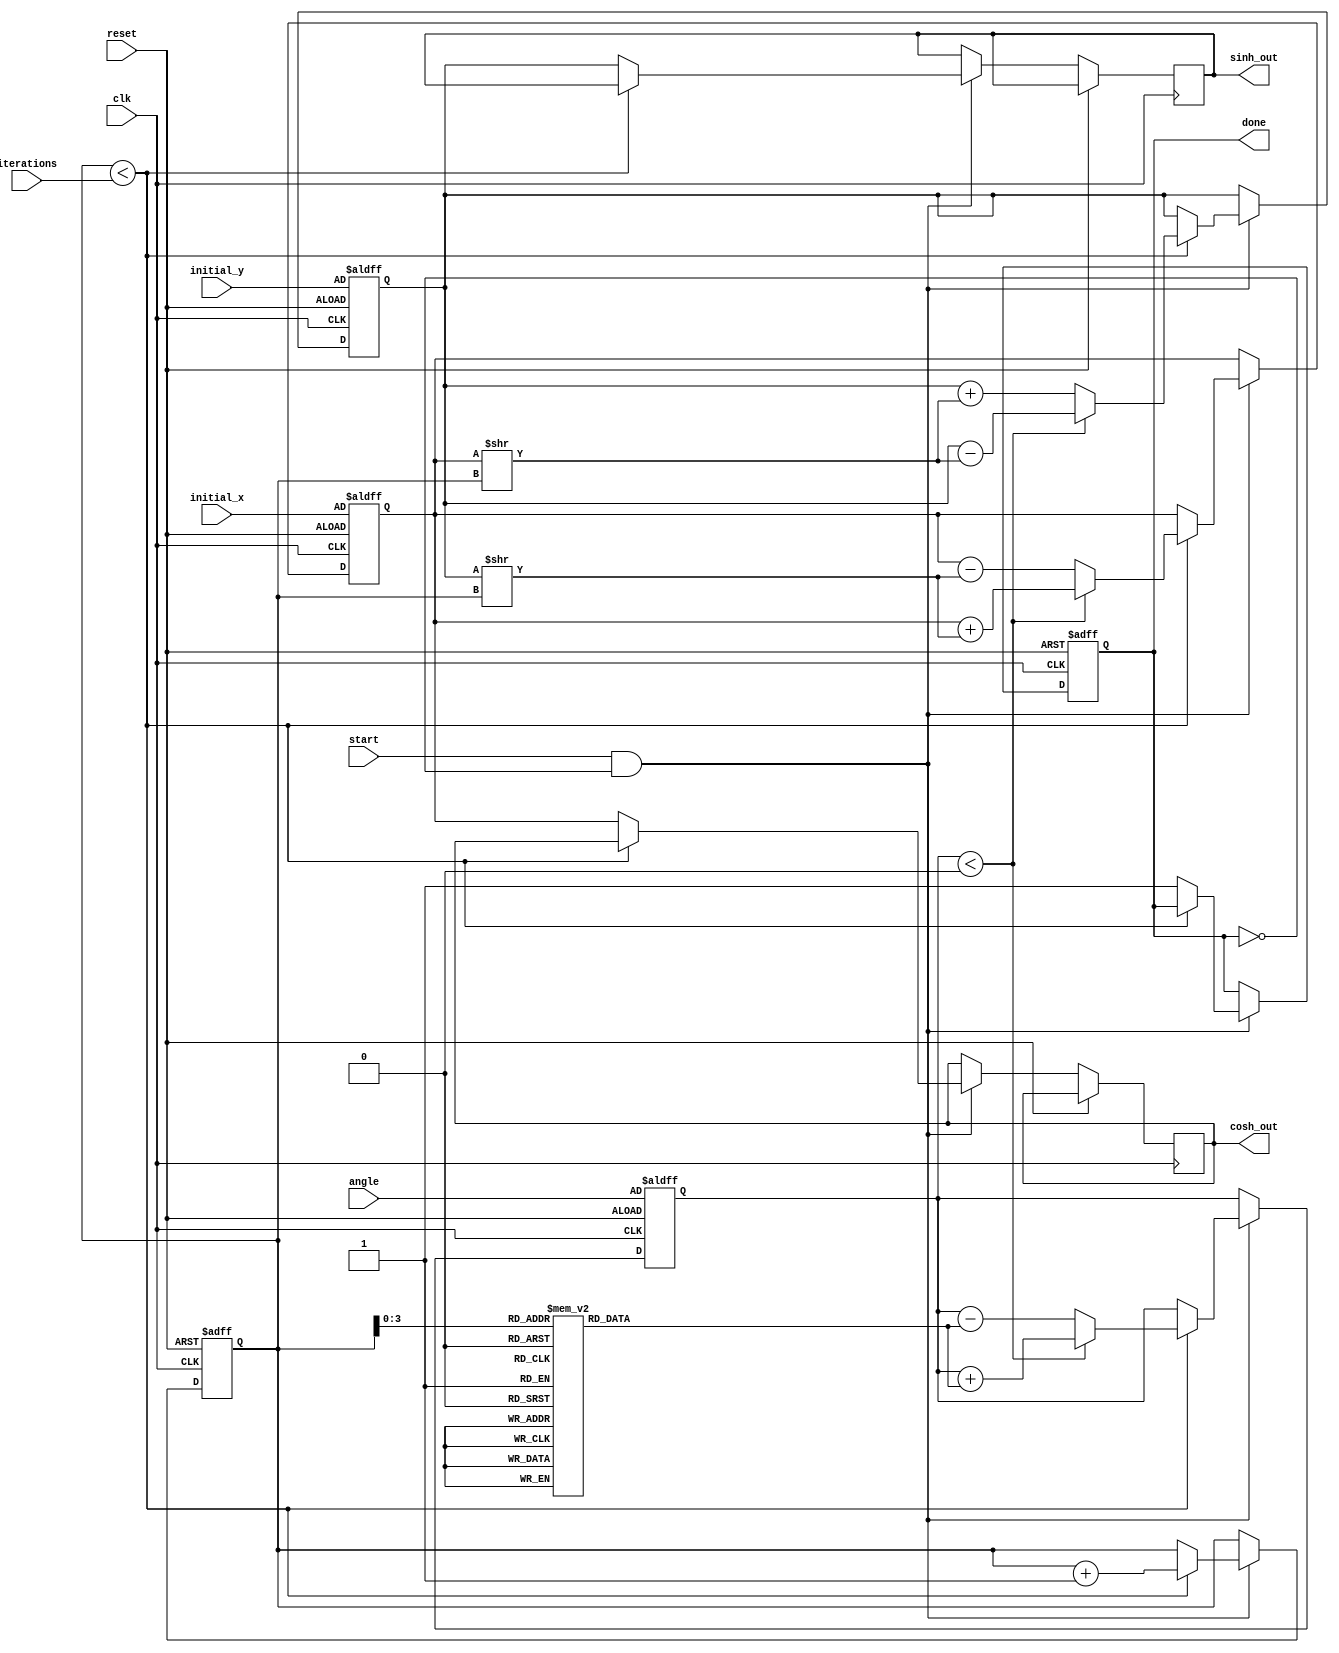
module hyperbolic_cordic (
    input wire clk,
    input wire reset,
    input wire start,
    input wire [15:0] angle,          // Fixed-point representation of the angle
    input wire [15:0] initial_x,      // Initial x value (cosh)
    input wire [15:0] initial_y,      // Initial y value (sinh)
    input wire [4:0] iterations,       // Number of iterations
    output reg [15:0] cosh_out,       // Output for hyperbolic cosine
    output reg [15:0] sinh_out,       // Output for hyperbolic sine
    output reg done
);

    // Internal registers and wires
    reg [15:0] x, y, z;               // x, y coordinates and angle
    reg [4:0] count;                  // Iteration counter
    reg [15:0] angle_table [0:15];    // Lookup table for angles
    
    // Initialize angle lookup table for hyperbolic CORDIC
    initial begin
        angle_table[0] = 16'h1;     // tanh(0)
        angle_table[1] = 16'h1;     // tanh(1)
        angle_table[2] = 16'h1;     // tanh(2)
        angle_table[3] = 16'h2;     // tanh(3)
        angle_table[4] = 16'h4;     // tanh(4)
        // Fill in the rest as needed
    end

    // State machine for CORDIC execution
    always @(posedge clk or posedge reset) begin
        if (reset) begin
            x <= initial_x;
            y <= initial_y;
            z <= angle;
            count <= 0;
            done <= 0;
        end else if (start && !done) begin
            if (count < iterations) begin
                // CORDIC rotation logic
                if (z < 0) begin
                    // Perform rotation in the negative direction
                    x <= x + (y >> count);    // Shift and add
                    y <= y - (x >> count);    // Shift and subtract
                    z <= z + angle_table[count]; // Update angle
                end else begin
                    // Perform rotation in the positive direction
                    x <= x - (y >> count);    // Shift and subtract
                    y <= y + (x >> count);    // Shift and add
                    z <= z - angle_table[count]; // Update angle
                end
                count <= count + 1;         // Increment iteration
            end else begin
                cosh_out <= x;              // Final cosh value
                sinh_out <= y;              // Final sinh value
                done <= 1;                  // Mark as done
            end
        end
    end
endmodule